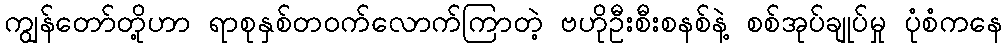
ကျွန်တော်တို့ဟာ ရာစုနှစ်တဝက်လောက်ကြာတဲ့ ဗဟိုဦးစီးစနစ်နဲ့ စစ်အုပ်ချုပ်မှု ပုံစံကနေ